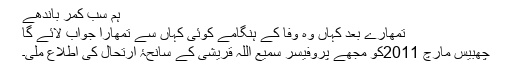
ہم سب کمر باندھے
تمھارے بعد کہاں وہ وفا کے ہنگامے کوئی کہاں سے تمھارا جواب لائے گا
چھبیس مارچ 2011کو مجھے پروفیسر سمیع اللہ قریشی کے سانحۂ ارتحال کی اطلاع ملی۔